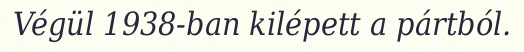
Végül 1938-ban kilépett a pártból.